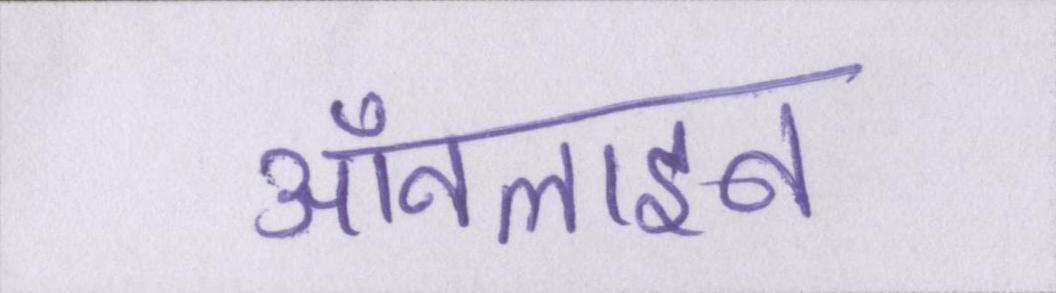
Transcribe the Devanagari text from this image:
ऑनलाइन